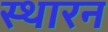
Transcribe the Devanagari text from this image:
स्थारन